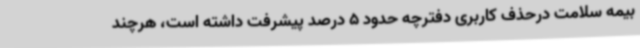
بیمه سلامت درحذف کاربری دفترچه حدود 5 درصد پیشرفت داشته است، هرچند